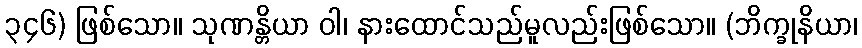
၃၄၆) ဖြစ်သော။ သုဏန္တိယာ ဝါ၊ နားထောင်သည်မူလည်းဖြစ်သော။ (ဘိက္ခုနိယာ၊